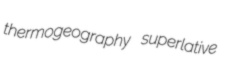
thermogeography superlative